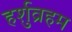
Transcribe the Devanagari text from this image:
हर्शुव्रहम